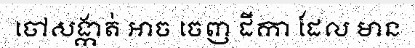
ចៅសង្កាត់ អាច ចេញ ដីកា ដែល មាន